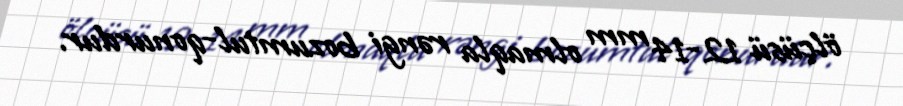
ölçüsü 12-14 mm olmaqla rəngi bozumtul-qonurdur.